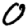
Digit: 0